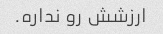
ارزشش رو نداره.